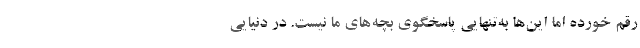
رقم خورده اما این‌ها به‌تنهایی پاسخگوی بچه‌های ما نیست. در دنیایی